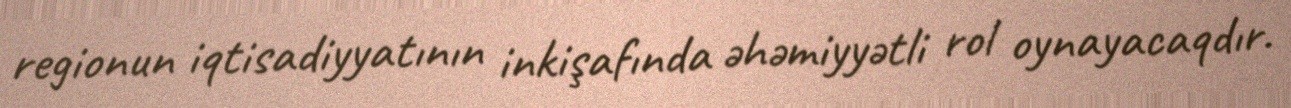
regionun iqtisadiyyatının inkişafında əhəmiyyətli rol oynayacaqdır.